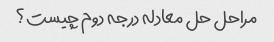
مراحل حل معادله درجه دوم چیست؟